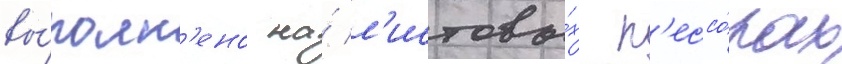
вы́полн'ено на́ л'истовы́х р'ессо́рах